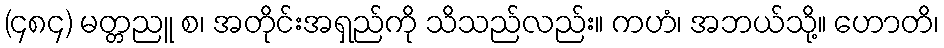
(၄၈၄) မတ္တညူ စ၊ အတိုင်းအရှည်ကို သိသည်လည်း။ ကဟံ၊ အဘယ်သို့။ ဟောတိ၊